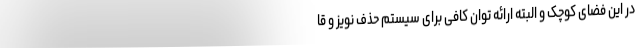
در این فضای کوچک و البته ارائه توان کافی برای سیستم حذف نویز و قا